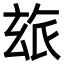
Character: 玈